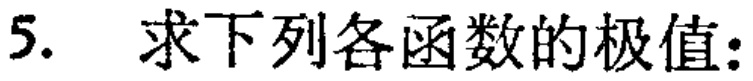
5. 求下列各函数的极值: